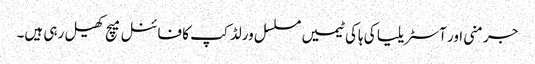
جرمنی اور آسٹریلیا کی ہاکی ٹیمیں مسلسل ورلڈ کپ کا فائنل میچ کھیل رہی ہیں۔